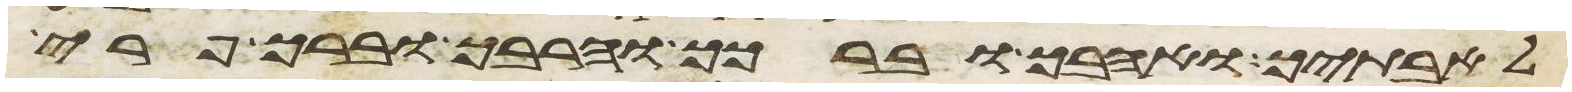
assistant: לאבתיך ואהבך וברכך והרבך וברך פרי